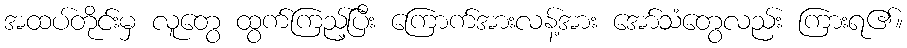
အထပ်တိုင်းမှ လူတွေ ထွက်ကြည့်ပြီး ကြောက်အားလန့်အား အော်သံတွေလည်း ကြားရ၏။